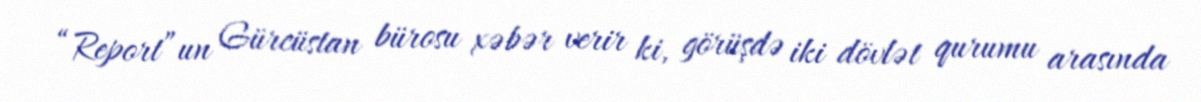
“Report”un Gürcüstan bürosu xəbər verir ki, görüşdə iki dövlət qurumu arasında